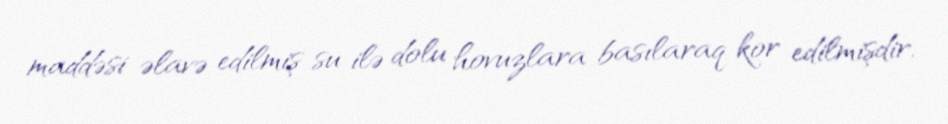
maddəsi əlavə edilmiş su ilə dolu hovuzlara basılaraq kor edilmişdir.